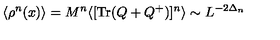
\langle \rho ^ { n } ( x ) \rangle = M ^ { n } \langle [ \mathrm { T r } ( Q + Q ^ { + } ) ] ^ { n } \rangle \sim L ^ { - 2 \Delta _ { n } }